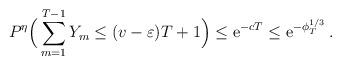
LaTeX: \begin{align*}P^\eta\Big(\sum_{m=1}^{T-1}Y_m\leq (v-\varepsilon)T+1\Big) \leq {\rm e}^{-cT}\leq {\rm e}^{-\phi_T^{1/3}}\,.\end{align*}